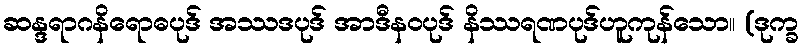
ဆန္ဒရာဂနိရောဓပုဒ် အဿဒပုဒ် အာဒီနဝပုဒ် နိဿရဏပုဒ်ဟူကုန်သော။ (ဒုက္ခ